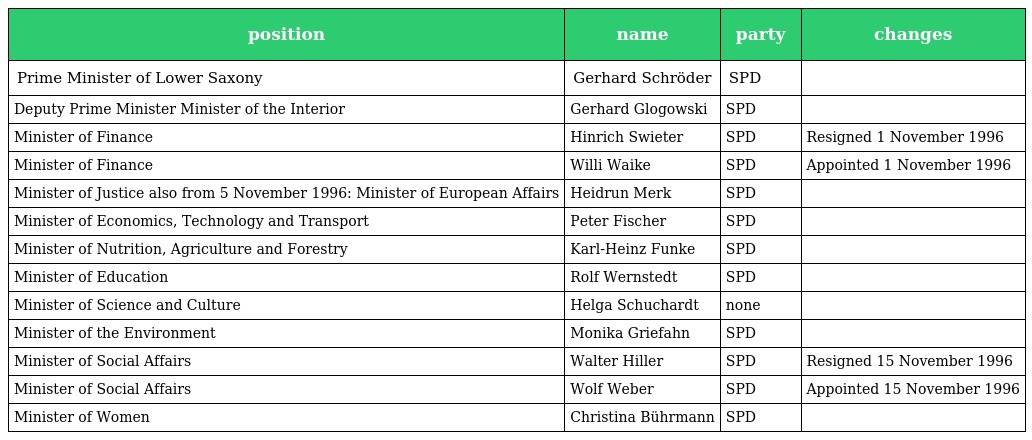
| position | name | party | changes |
 | --- | --- | --- | --- |
 | Prime Minister of Lower Saxony | Gerhard Schröder | SPD |  |
 | Deputy Prime Minister Minister of the Interior | Gerhard Glogowski | SPD |  |
 | Minister of Finance | Hinrich Swieter | SPD | Resigned 1 November 1996 |
 | Minister of Finance | Willi Waike | SPD | Appointed 1 November 1996 |
 | Minister of Justice also from 5 November 1996: Minister of European Affairs | Heidrun Merk | SPD |  |
 | Minister of Economics, Technology and Transport | Peter Fischer | SPD |  |
 | Minister of Nutrition, Agriculture and Forestry | Karl-Heinz Funke | SPD |  |
 | Minister of Education | Rolf Wernstedt | SPD |  |
 | Minister of Science and Culture | Helga Schuchardt | none |  |
 | Minister of the Environment | Monika Griefahn | SPD |  |
 | Minister of Social Affairs | Walter Hiller | SPD | Resigned 15 November 1996 |
 | Minister of Social Affairs | Wolf Weber | SPD | Appointed 15 November 1996 |
 | Minister of Women | Christina Bührmann | SPD |  |